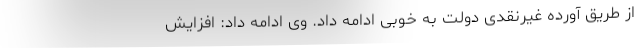
از طریق آورده غیرنقدی دولت به خوبی ادامه داد. وی ادامه داد: افزایش